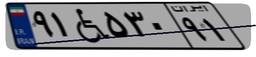
۹۱W۵۳۰۹۱